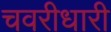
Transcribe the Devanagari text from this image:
चवरीधारी